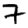
Digit: 7